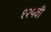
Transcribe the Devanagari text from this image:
१२५वी